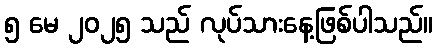
၅ မေ ၂၀၂၅ သည် လုပ်သားနေ့ဖြစ်ပါသည်။